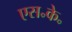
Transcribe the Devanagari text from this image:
एस॰के॰